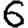
Digit: 6